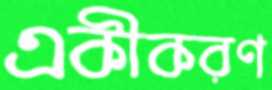
একীকরণ